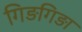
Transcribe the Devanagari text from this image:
गिड़गिड़ा